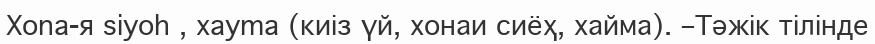
Хona-я siyoh , xayma (киіз үй, хонаи сиёҳ, хайма). –Тәжік тілінде